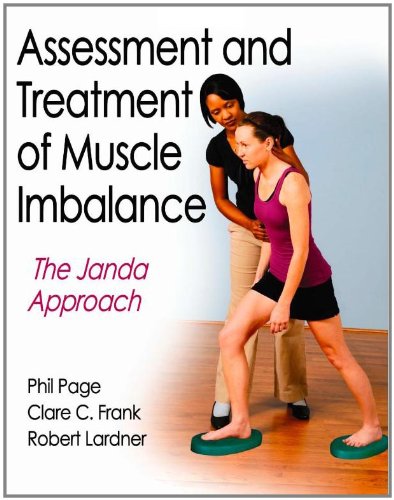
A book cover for Assessment and Treatment of Muscle Imbalance:The Janda Approach; Phillip Page; Medical Books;